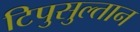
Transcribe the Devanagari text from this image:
टिपुसुल्तान